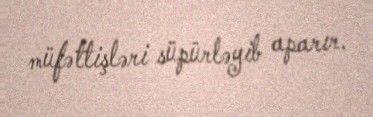
müfəttişləri süpürləyib aparır.